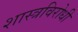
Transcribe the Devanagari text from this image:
शास्त्रविरोधी